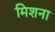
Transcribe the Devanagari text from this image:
मिशना